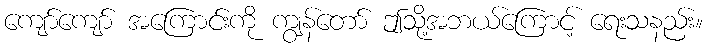
ကျော်ကျော် အကြောင်းကို ကျွန်တော် ဤသို့အဘယ်ကြောင့် ရေးသနည်း။